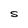
Character: S